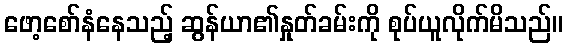
ဖော့စော်နံနေသည့် ဆွန်ယာ၏နှုတ်ခမ်းကို စုပ်ယူလိုက်မိသည်။